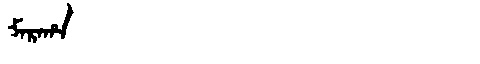
Manchu: ᠮᠠᡵᠠᡥᠠ
Romanization: MARAHA